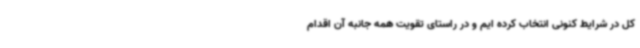
کل در شرایط کنونی انتخاب کرده ایم و در راستای تقویت همه جانبه آن اقدام